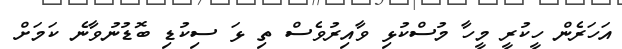
އަހަރެން ހީކުރީ މީހާ މުސްކުޅި ވާއިރުވެސް ތި ޅަ ސިކުޑި ބޮޑުނުވާނެ ކަމަށް